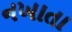
નખાતા